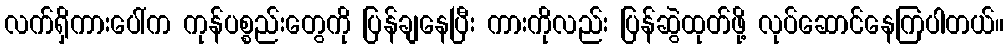
လက်ရှိကားပေါ်က ကုန်ပစ္စည်းတွေကို ပြန်ချနေပြီး ကားကိုလည်း ပြန်ဆွဲထုတ်ဖို့ လုပ်ဆောင်နေကြပါတယ်။